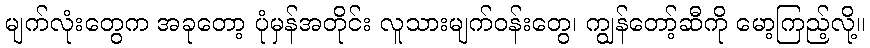
မျက်လုံးတွေက အခုတော့ ပုံမှန်အတိုင်း လူသားမျက်ဝန်းတွေ၊ ကျွန်တော့်ဆီကို မော့ကြည့်လို့။